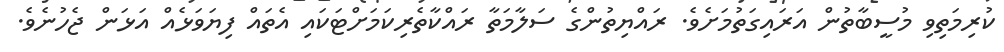
ކުރިމަތިވި މުސީބާތުން އަރައިގަތުމަށެވެ. ރައްޔިތުންގެ ސަލާމަތާ ރައްކާތެރިކަމަށްޓަކައި އެތައް ފިޔަވަޅެއް އަޅަން ޖެހުނެވެ.